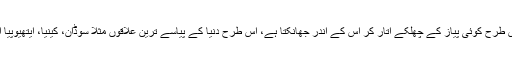
فرانسیسی ماہرین کے مطابق اب زمین کی پرتوں کو ایسے دیکھا جاسکتا ہے جس طرح کوئی پیاز کے چھلکے اتار کر اس کے اندر جھانکتا ہے، اس طرح دنیا کے پیاسے ترین علاقوں مثلاً سوڈان، کینیا، ایتھیوپیا اور دیگر ممالک میں اسی واٹیکس سسٹم کے تحت پانی تلاش کیا جاکیا جارہا ہے۔